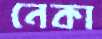
নেকা